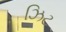
ઝિટ